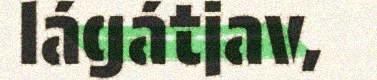
lágátjav,